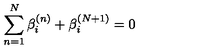
\sum _ { n = 1 } ^ { N } \beta _ { i } ^ { ( n ) } + \beta _ { i } ^ { ( N + 1 ) } = 0